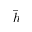
\bar { h }